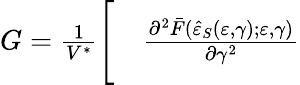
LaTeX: \begin{array}{rl}{G=\frac{1}{V^{\ast}}\Bigg[}&{{}\frac{\partial^{2}\bar{F}(\hat{\varepsilon}_{S}(\varepsilon,\gamma);\varepsilon,\gamma)}{\partial\gamma^{2}}}\end{array}